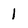
Character: 1